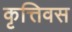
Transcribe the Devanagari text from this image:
कृत्तिवस